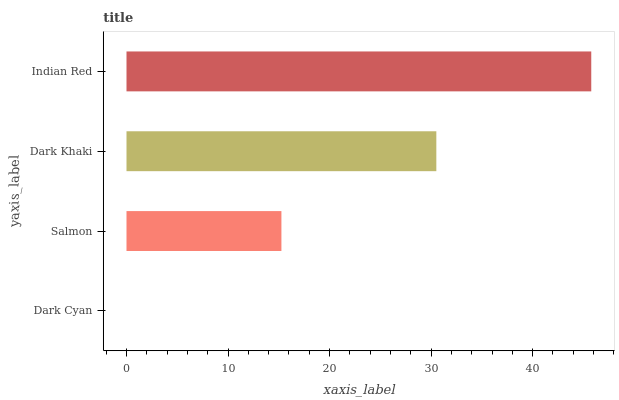
| yaxis_label | bars |
 | --- | --- |
 | Dark Cyan | 0 |
 | Salmon | 15.3 |
 | Dark Khaki | 30.5 |
 | Indian Red | 45.8 |